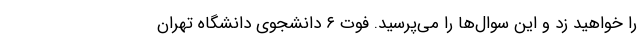
را خواهید زد و این سوال‌ها را می‌پرسید. فوت ۶ دانشجوی دانشگاه تهران